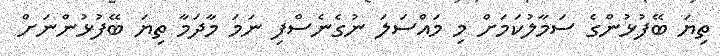
ތިޔަ ބޭފުޅުންގެ ސަމާލުކަމަށް މި މައްސަލަ ނުގެނެސްފި ނަމަ މާދަމާ ތިޔަ ބޭފުޅުންނަށް